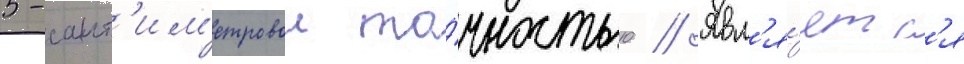
5-сант'им'етровои то́чностью // Явл'я́етс'я